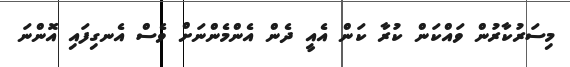
މިސަރުކާރުން ވައްކަން ކުރާ ކަން އެއީ ދެން އެންމެންނަށް ވެސް އެނގިފައި އޮންނަ